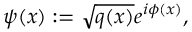
\psi ( \boldsymbol { x } ) : = \sqrt { q ( \boldsymbol { x } ) } e ^ { i \phi ( \boldsymbol { x } ) } ,